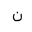
Letter: _non